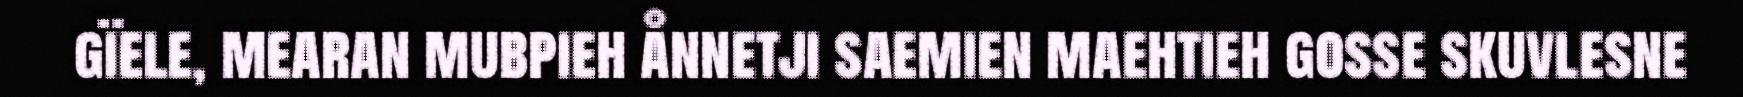
gïele, mearan mubpieh ånnetji saemien maehtieh gosse skuvlesne